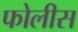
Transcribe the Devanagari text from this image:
फोलीस